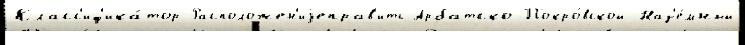
Класс'иф'ика́тор Расположен'иjеправ'ить Арбатско-Покро́вской Наз'е́мный